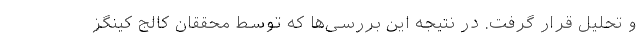
و تحلیل قرار گرفت. در نتیجه این بررسی‌ها که توسط محققان کالج کینگز